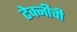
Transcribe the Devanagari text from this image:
टेक्नीची